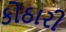
કોઠારી